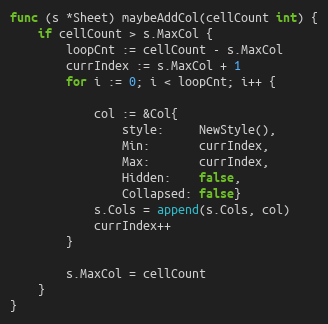
Language: Go
func (s *Sheet) maybeAddCol(cellCount int) {
	if cellCount > s.MaxCol {
		loopCnt := cellCount - s.MaxCol
		currIndex := s.MaxCol + 1
		for i := 0; i < loopCnt; i++ {

			col := &Col{
				style:     NewStyle(),
				Min:       currIndex,
				Max:       currIndex,
				Hidden:    false,
				Collapsed: false}
			s.Cols = append(s.Cols, col)
			currIndex++
		}

		s.MaxCol = cellCount
	}
}